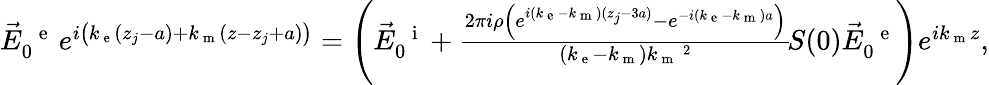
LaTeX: \begin{array}{r}{\vec{E}_{0}^{\mathrm{~\, ~e~}}\, e^{i\left(k_{\mathrm{~e~}}(z_{j}-a)+k_{\mathrm{~m~}}(z-z_{j}+a)\vphantom{b^{2}}\right)}=\left(\vec{E}_{0}^{\mathrm{~\, ~i~}}+\frac{2\pi i\rho\left(e^{i(k_{\mathrm{~e~}}-k_{\mathrm{~m~}})(z_{j}-3a)}-e^{-i(k_{\mathrm{~e~}}-k_{\mathrm{~m~}})a}\right)}{(k_{\mathrm{~e~}}-k_{\mathrm{~m~}})k_{\mathrm{~m~}}\, \! \! \, \! \, \, \! \, \, \! \! \, \! \, \, \! \! \, \! \! \, \! \, \, \! \! \, \! \! \, \! \, \, \! \, \, \! \! \, \! \, \, \! \! \, \! \! \, \! \, \, \! \, \, \! \! \, \! \, \, \! \, \, \! \! \, \! \, \, \! \! \, \! \! \, \! \, \, \! \, \, \! \! \, \! \, \, \! \, \, \! \! ^{2}}\, \! \! \, \! \, \, \! \, \, \! \! \, \! \, \, \! \! \, \! \! \, \! \, \, \! \! \, \! \! \, \! \, \, \! \, \, \! \! \, \! \, \, \! \! \, \! \! \, \! \, \, \! \, \, \! \! \, \! \, \, \! \! S(0)\vec{E}_{0}^{\mathrm{~\, ~e~}}\right)e^{ik_{\mathrm{~m~}}z},}\end{array}